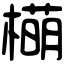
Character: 橗